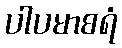
ပါပမာစရံ